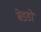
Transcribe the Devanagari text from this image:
बेडडो